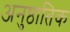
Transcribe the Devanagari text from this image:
अनुष्ठातिक